Annual report on the Civil Veterinary Department, Burma (including the Insein Veterinary School) - 1932-1941
Year: 1932
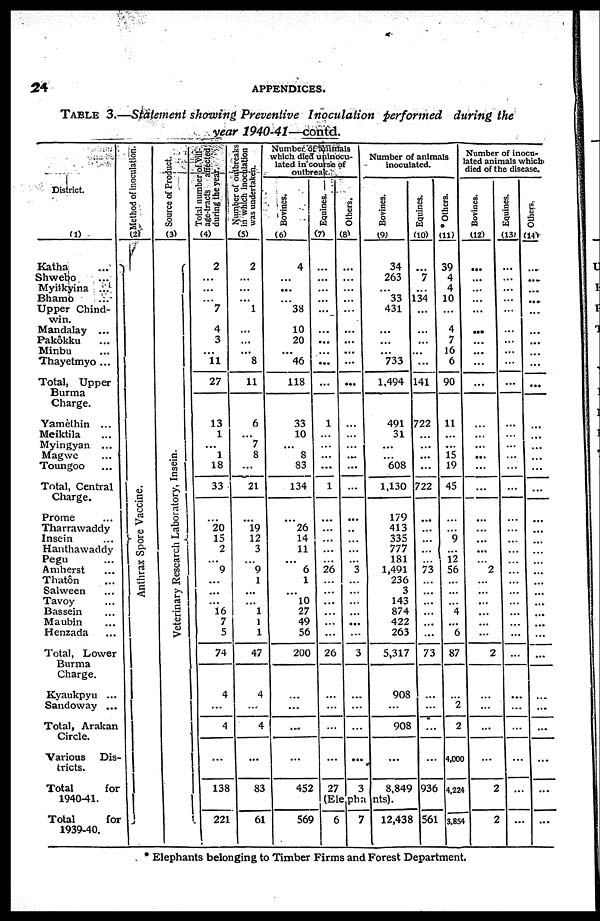
24
APPENDICES.
Table 3.—Statement showing Preventive Inoculation performed during the
year 1940-41—contd.
District.
(1)
Katha
...
Shwebo ...
Myitkyina ...
Bhamo ...
Upper Chind-
win.
Mandalay ...
Pakôkku ...
Minbu ...
Thayetmyo ...
Total, Upper
Burma
Charge.
Yamèthin ...
Meiktila ...
Myingyan ...
Magwe ...
Toungoo ...
Total, Central
Charge.
Prome ...
Tharrawaddy
Insein ...
Hanthawaddy
Pegu ...
Amherst ...
Thatôn ...
Sahween ...
Tavoy ...
Bassein ...
Maubin ...
Henzada ...
Total, Lower
Burma
Charge.
Kyaukpyu ...
Sandoway ...
Total, Arakan
Circle.
Various Dis-
tricts.
Total
for
1940-41.
Total
for
1939-40.
Method of inoculation.
(2)
Anthrax Spore Vaccine.
Source of Product.
(3)
Veterinary Research Laboratory, Insein.
Total number of vill-
age-tracts affected
during the year.
(4)
2
...
...
... 7
... 4
3
...
11
27
13
1
...
1
18
33
...
20
15
2
...
9
...
16
7
5
74
4
...
4
...
138
221
Number of outbreaks
in which inoculation
was undertaken.
(5)
2
...
...
... 1
...
...
...
...
8
11
6
...
7
8
...
21
...
19
12
3
...
9
1
...
1
1
1
47
4
...
4
...
83
61
Number of animals
which died uninocu-
lated in course of
outbreak.
Bovines.
(6)
4
...
...
... 38
... 10
20
...
46
118
33
10
...
8
83
134
...
26
14
11
...
6
1
...
10
27
49
56
200
...
...
...
...
452
569
Equines.
(7)
...
...
...
...
...
...
...
...
...
...
...
1
...
...
...
...
1
...
...
...
...
...
26
...
...
...
...
...
...
26
...
...
...
...
27
Others.
(8)
...
...
...
...
...
...
...
...
...
...
...
...
...
...
...
...
...
...
...
...
...
...
3
...
...
...
...
...
...
3
...
...
...
...
3
Number of animals
inoculated.
Bovines.
(9)
34
263
...
33
431
...
...
...
...
733
1,494
491
31
...
...
608
1,130
179
413
335
777
181
1,491
236
3
143
874
422
263
5,317
908
...
908
...
8,849
(Elephants).
6
7
12,438
Equines.
(10)
...
7
...
134
...
...
...
...
...
...
141
722
...
...
...
...
722
...
...
...
...
...
73
...
...
...
...
...
...
73
...
...
...
936
561
Others.
(11)
39
4
4
10
...
... 4
7
16
6
90
11
...
...
l6
19
45
...
...
9
...
12
56
...
...
...
4
...
6
87
...
2
2
4,000
4,224
3,854
Number of inocu-
ated animals which
died of the disease.
Bovines.
(12)
...
...
...
...
...
...
...
...
...
...
...
...
...
...
...
...
...
...
...
...
...
...
2
...
...
...
...
...
...
2
...
...
...
...
2
2
Equities.
(13)
...
...
...
...
...
...
...
...
...
...
...
...
...
...
...
...
...
...
...
...
...
...
... ...
...
...
...
...
...
...
...
...
...
...
...
...
Others.
(14)
...
...
...
...
...
...
...
...
...
...
...
...
...
...
...
...
...
...
...
...
...
...
... ...
...
...
...
...
...
...
...
...
...
...
...
...
* Elephants belonging to Timber Firms and Forest Department.